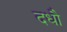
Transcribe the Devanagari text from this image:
दधौ